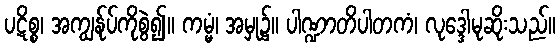
ပဋိစ္စ၊ အကျွန်ုပ်ကိုစွဲ၍။ ကမ္မံ၊ အမှု၌။ ပါဏ္ဍာတိပါတကံ၊ လုဒ္ဒေါမုဆိုးသည်။